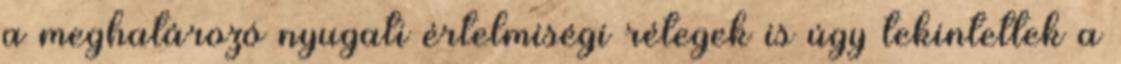
a meghatározó nyugati értelmiségi rétegek is úgy tekintettek a